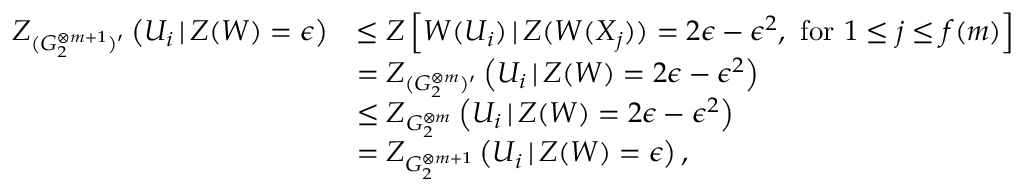
\begin{array} { r l } { Z _ { ( G _ { 2 } ^ { \otimes m + 1 } ) ^ { \prime } } \left( U _ { i } \, | \, Z ( W ) = \epsilon \right) } & { \leq Z \left[ W ( U _ { i } ) \, | \, Z ( W ( X _ { j } ) ) = 2 \epsilon - \epsilon ^ { 2 } , \mathrm { ~ f o r ~ } 1 \leq j \leq f ( m ) \right] } \\ & { = Z _ { ( G _ { 2 } ^ { \otimes m } ) ^ { \prime } } \left( U _ { i } \, | \, Z ( W ) = 2 \epsilon - \epsilon ^ { 2 } \right) } \\ & { \leq Z _ { G _ { 2 } ^ { \otimes m } } \left( U _ { i } \, | \, Z ( W ) = 2 \epsilon - \epsilon ^ { 2 } \right) } \\ & { = Z _ { G _ { 2 } ^ { \otimes m + 1 } } \left( U _ { i } \, | \, Z ( W ) = \epsilon \right) , } \end{array}